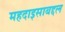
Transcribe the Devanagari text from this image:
महदाइसाबद्दल